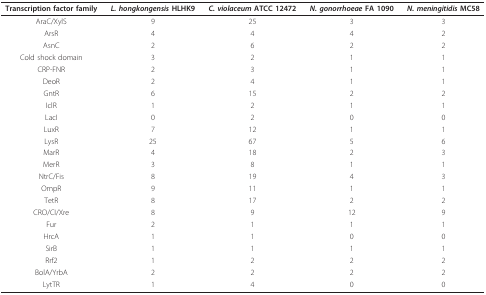
| Transcription factor family | L. hongkongensis HLHK9 | C. violaceum ATCC 12472 | N. gonorrhoeae FA 1090 | N. meningitidis MC58 |
 | --- | --- | --- | --- | --- |
 | AraC/XylS | 9 | 25 | 3 | 3 |
 | ArsR | 4 | 4 | 4 | 2 |
 | AsnC | 2 | 6 | 2 | 2 |
 | Cold shock domain | 3 | 2 | 1 | 1 |
 | CRP-FNR | 2 | 3 | 1 | 1 |
 | DeoR | 2 | 4 | 1 | 1 |
 | GntR | 6 | 15 | 2 | 2 |
 | IclR | 1 | 2 | 1 | 1 |
 | LacI | 0 | 2 | 0 | 0 |
 | LuxR | 7 | 12 | 1 | 1 |
 | LysR | 25 | 67 | 5 | 6 |
 | MarR | 4 | 18 | 2 | 3 |
 | MerR | 3 | 8 | 1 | 1 |
 | NtrC/Fis | 8 | 19 | 4 | 3 |
 | OmpR | 9 | 11 | 1 | 1 |
 | TetR | 8 | 17 | 2 | 2 |
 | CRO/CI/Xre | 8 | 9 | 12 | 9 |
 | Fur | 2 | 1 | 1 | 1 |
 | HrcA | 1 | 1 | 0 | 0 |
 | SirB | 1 | 1 | 1 | 1 |
 | Rrf2 | 1 | 2 | 2 | 2 |
 | BolA/YrbA | 2 | 2 | 2 | 2 |
 | LytTR | 1 | 4 | 0 | 0 |